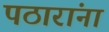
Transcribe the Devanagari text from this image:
पठारांना